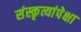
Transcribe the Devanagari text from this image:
संस्कृत्यांपेक्षा